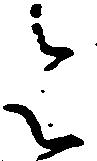
令